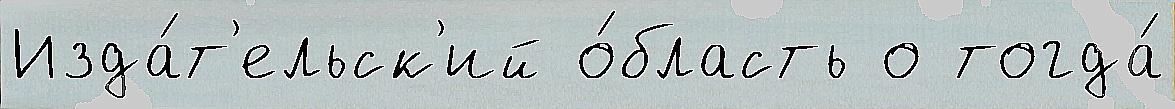
Изда́т'ельск'ий о́бласть о тогда́